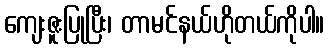
ကျေးဇူးပြုပြီး၊ တာမင်နယ်ဟိုတယ်ကိုပါ။